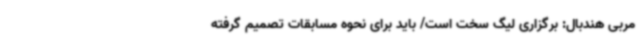
مربی هندبال: برگزاری لیگ سخت است/ باید برای نحوه مسابقات تصمیم گرفته